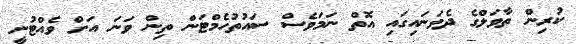
ކުރިން ތާވަލްގެ ދެވަނައިގައި އޮތް ނަމަވެސް ސައުތުހެމްޓަން ތިން ވަނަ އަށް ވެއްޓުނީ